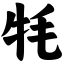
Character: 牦